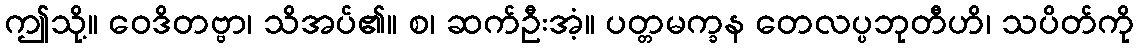
ဤသို့။ ဝေဒိတဗ္ဗာ၊ သိအပ်၏။ စ၊ ဆက်ဦးအံ့။ ပတ္တမက္ခန တေလပ္ပဘုတီဟိ၊ သပိတ်ကို